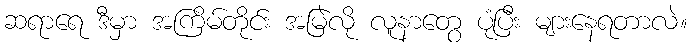
ဆရာရေ ဒီမှာ အကြိမ်တိုင်း အမြဲလို လူနာတွေ ပုံပြီး များနေရတာလဲ။